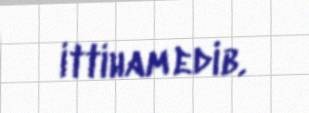
ittiham edib.